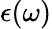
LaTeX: \epsilon(\omega)